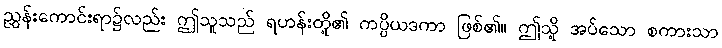
ညွှန်းကောင်းရာ၌လည်း ဤသူသည် ရဟန်းတို့၏ ကပ္ပိယဒကာ ဖြစ်၏။ ဤသို့ အပ်သော စကားသာ